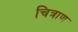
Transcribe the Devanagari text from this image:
चित्राण